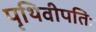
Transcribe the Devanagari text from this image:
पृथिवीपतिः